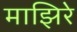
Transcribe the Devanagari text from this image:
माझिरे